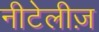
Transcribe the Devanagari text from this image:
नीटेलीज़